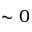
\sim 0